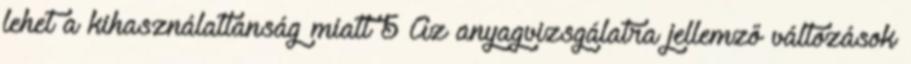
lehet a kihasználatlanság miatt 5 Az anyagvizsgálatra jellemző változások